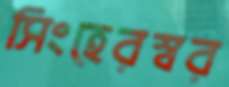
সিংহেরস্বর